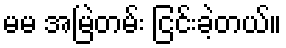
မမ အမြဲတမ်း ငြင်းခဲ့တယ်။